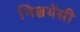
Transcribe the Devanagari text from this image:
निश्चयेंसी